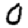
Digit: 0